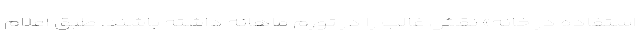
استفاده در خانه» نقش غالب را در تورم ماهانه داشته باشند. طبق اعلام